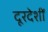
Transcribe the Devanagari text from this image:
दूरदेशीं